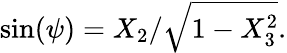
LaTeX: \sin(\psi)=X_{2}/{\sqrt{1-X_{3}^{2}}}.